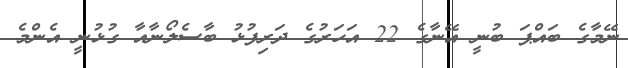
ނޭމާގެ ބައްޕަ ބުނީ އޭނާގެ 22 އަހަރުގެ ދަރިފުޅު ބާސެލޯނާއާ ގުޅުނީ އެންމެ